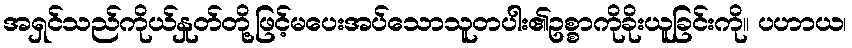
အရှင်သည်ကိုယ်နှုတ်တို့ဖြင့်မပေးအပ်သောသူတပါး၏ဥစ္စာကိုခိုးယူခြင်းကို။ ပဟာယ၊